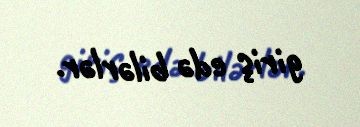
giriş edə bilərlər.